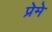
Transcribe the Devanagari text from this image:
प्रेमे